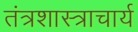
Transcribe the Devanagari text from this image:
तंत्रशास्त्राचार्य